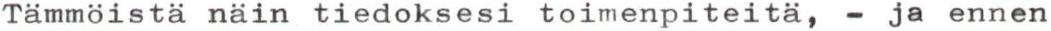
Tämmöistä näin tiedoksesi toimenpiteitä, - ja ennen